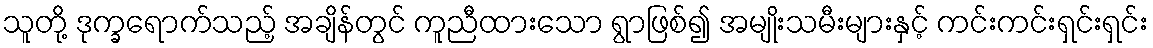
သူတို့ ဒုက္ခရောက်သည့် အချိန်တွင် ကူညီထားသော ရွာဖြစ်၍ အမျိုးသမီးများနှင့် ကင်းကင်းရှင်းရှင်း